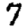
Digit: 7